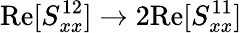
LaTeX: \textrm{Re}[S_{xx}^{12}]\rightarrow 2\textrm{Re}[S_{xx}^{11}]